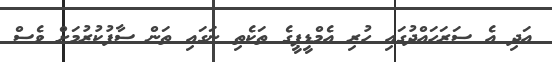
އަދި އެ ސަރަހައްދުގައި ހުރި އެމްޑީޕީގެ ތަކެތި ނަގައި ތަން ސާފުކުރުމަށް ވެސް